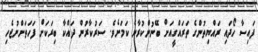
ފައިސާ ހޯދައި ރައްޔިތުންގެ ތަރައްގީއަށް ބޭނުންކުރާނެ ކަމަށެވެ. ސަރުކާރުން ދައްކާ ބިރަކަށް ފަހަތަށްނުޖެހި